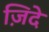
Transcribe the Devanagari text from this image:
ज़िदे